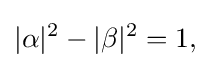
\displaystyle {|\alpha |^{2}-|\beta |^{2}=1,}